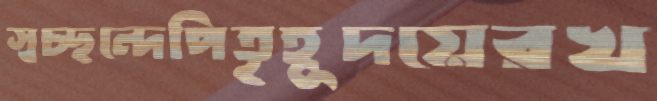
স্বচ্ছন্দেপিতৃহূদয়েরখ